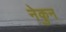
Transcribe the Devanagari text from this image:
नेकुन